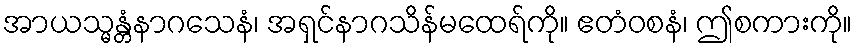
အာယသ္မန္တံနာဂသေနံ၊ အရှင်နာဂသိန်မထေရ်ကို။ ဧတံဝစနံ၊ ဤစကားကို။